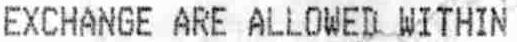
EXCHANGE ARE ALLOWED WITHIN